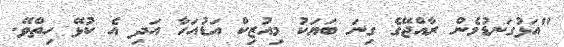
"އަޅުގަނޑުމެން ރާއްޖޭގެ ގިނަ ބަޔަކު މިއުޒިކް އަޑުއަހާ އަދި އެ ކުޅޭ ހިތްވޭ.